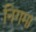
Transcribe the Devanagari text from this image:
निगमा